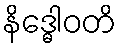
နိဒ္ဓေါဝတိ